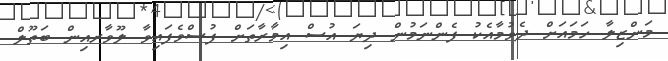
މަންޒިލާ ހަމައަށް ދެވުމާއެކު ފެންނަމުން ދިޔަ އުސް އިމާރާތަށް ފުސްވެފައިވާ ލޫވާރއިން ބަތޫލް